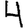
Digit: 4